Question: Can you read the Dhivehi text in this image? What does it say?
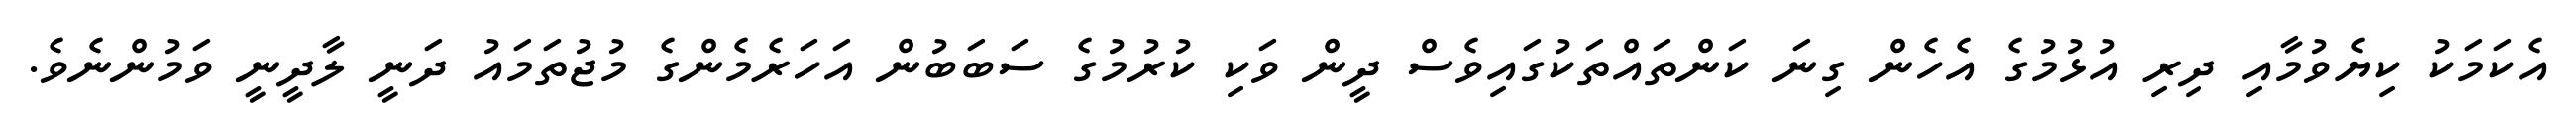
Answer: އެކަމަކު ކިޔެވުމާއި ދިރި އުޅުމުގެ އެހެން ގިނަ ކަންތައްތަކުގައިވެސް ދީން ވަކި ކުރުމުގެ ސަބަބުން އަހަރެމެންގެ މުޖުތަމައު ދަނީ ލާދީނީ ވަމުންނެވެ.